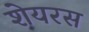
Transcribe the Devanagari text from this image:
शेयरस